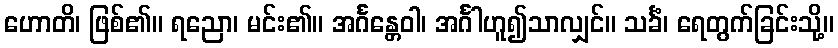
ဟောတိ၊ ဖြစ်၏။ ရညော၊ မင်း၏။ အင်္ဂန္တေဝါ၊ အင်္ဂါဟူ၍သာလျှင်။ သင်္ခံ၊ ရေတွက်ခြင်းသို့။